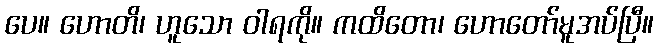
ပေ။ ဟောတိ၊ ဟူသော ဝါရကို။ ကထိတော၊ ဟောတော်မူအပ်ပြီ။